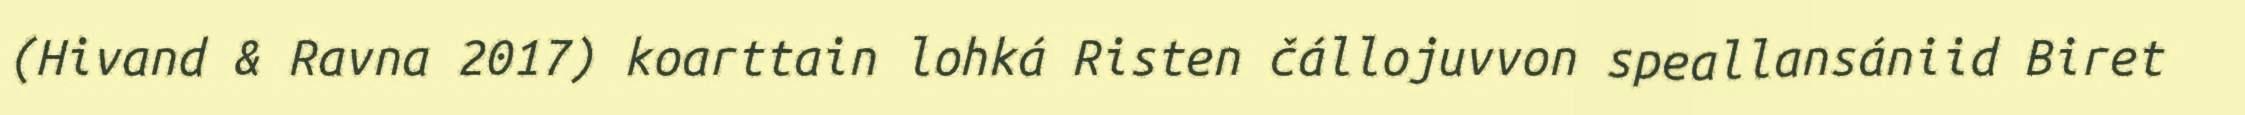
(Hivand & Ravna 2017) koarttain lohká Risten čállojuvvon speallansániid Biret